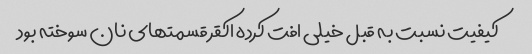
کیفیت نسبت به قبل خیلی افت کرده اکقر قسمتهای نان سوخته بود